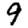
Digit: 9